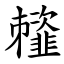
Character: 䪣